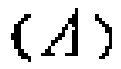
$(A)$